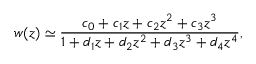
w ( z ) \simeq \frac { c _ { 0 } + c _ { 1 } z + c _ { 2 } z ^ { 2 } + c _ { 3 } z ^ { 3 } } { 1 + d _ { 1 } z + d _ { 2 } z ^ { 2 } + d _ { 3 } z ^ { 3 } + d _ { 4 } z ^ { 4 } } ,